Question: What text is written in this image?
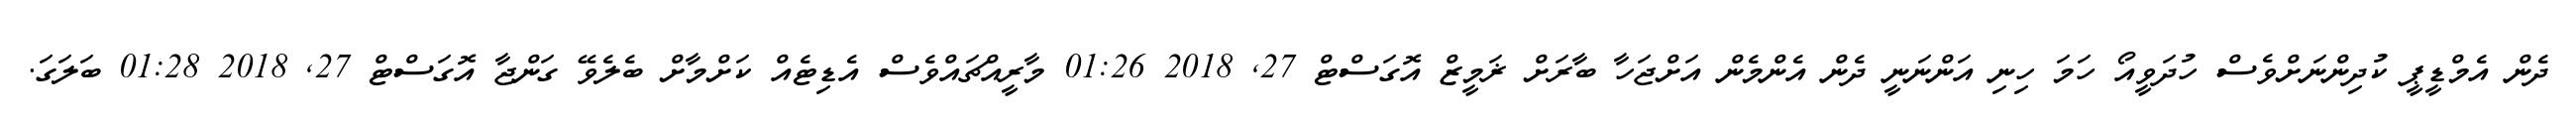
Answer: ދެން އެމްޑީޕީ ކުދިންނަށްވެސް ހުދަވީއޯ ހަމަ ހިނި އަންނަނީ ދެން އެންމެން އަށްޖަހާ ބާރަށް ޜަމީޒް އޮގަސްޓް 27, 2018 01:26 މާރީއްޗައްވެސް އެޑިޓެއް ކަށްމާށް ބެލެވޭ ގަންޖާ އޮގަސްޓް 27, 2018 01:28 ބަލަގަ.